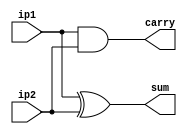
`timescale 1ns / 1ps
//////////////////////////////////////////////////////////////////////////////////

// ID     : N180116
//Branch  : ECE
//Project : RTL design using Verilog
//Design  :Half Adder using Gate Level Model
//Module  :Main Design Module
//RGUKT NUZVID 
//////////////////////////////////////////////////////////////////////////////////


module ha_gl(ip1,ip2,sum,carry);
input ip1,ip2;
output sum,carry;

and a1(carry,ip1,ip2);
xor x1(sum,ip1,ip2);
endmodule